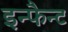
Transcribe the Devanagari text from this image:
इन्फैन्ट